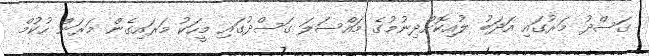
ގަސްދު މަރުގައި އަދަބު ލުއިކޮށްދިނުމުގެ މައްސަލަ ގަސްދުގައި މީހަކު މަރައިގެން މަރަން ހުކުމް